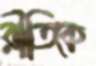
রীতিকে